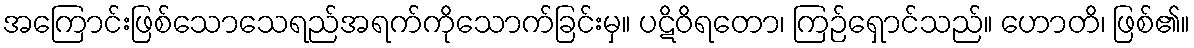
အကြောင်းဖြစ်သောသေရည်အရက်ကိုသောက်ခြင်းမှ။ ပဋိဝိရတော၊ ကြဉ်ရှောင်သည်။ ဟောတိ၊ ဖြစ်၏။